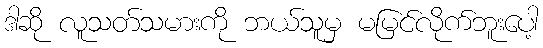
ဒါဆို လူသတ်သမားကို ဘယ်သူမှ မမြင်လိုက်ဘူးပေါ့